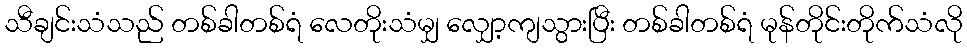
သီချင်းသံသည် တစ်ခါတစ်ရံ လေတိုးသံမျှ လျှော့ကျသွားပြီး တစ်ခါတစ်ရံ မုန်တိုင်းတိုက်သံလို